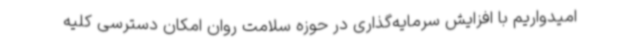
امیدواریم با افزایش سرمایه‌گذاری در حوزه سلامت روان امکان دسترسی کلیه‌